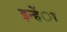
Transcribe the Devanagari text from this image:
इन्हेंा